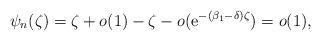
LaTeX: \begin{align*}\psi_{n}(\zeta)=\zeta +o(1)- \zeta -o(\mathrm{e}^{-(\beta_{1}-\delta)\zeta })=o(1), \end{align*}